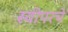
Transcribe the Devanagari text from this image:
स्वीपरचे